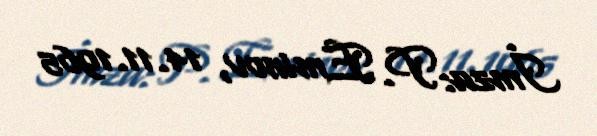
İmza: P. Eminov, 14.11.1965